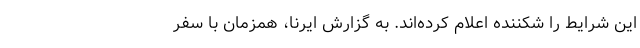
این شرایط را شکننده اعلام کرده‌اند. به گزارش ایرنا، همزمان با سفر